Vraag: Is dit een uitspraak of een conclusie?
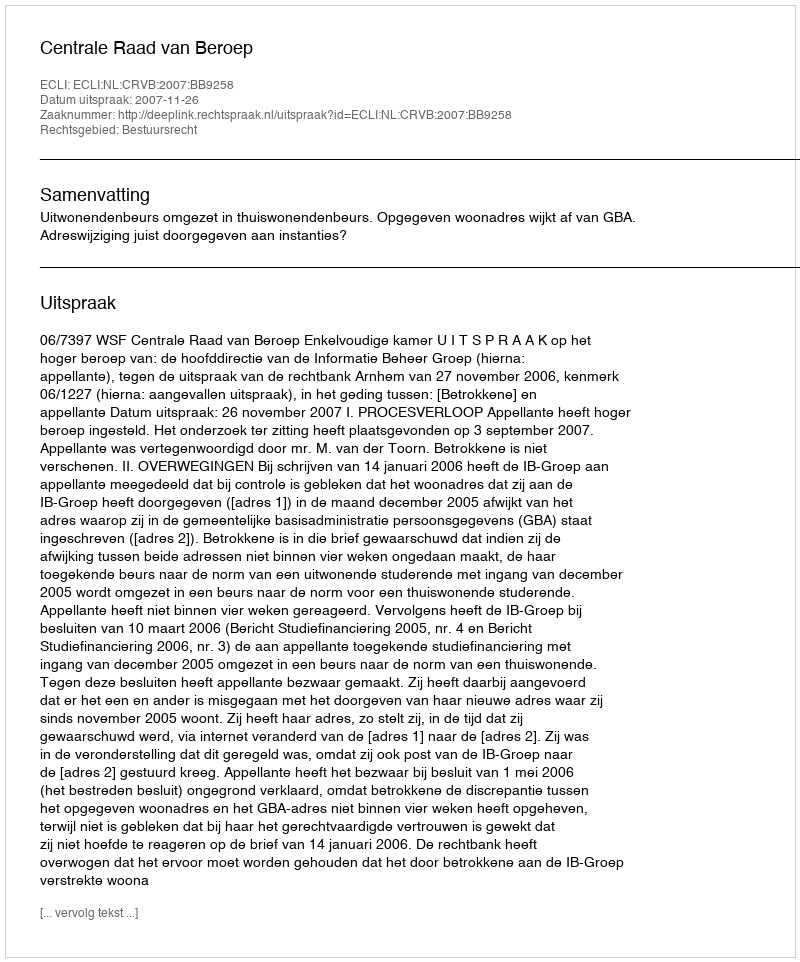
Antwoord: Uitspraak